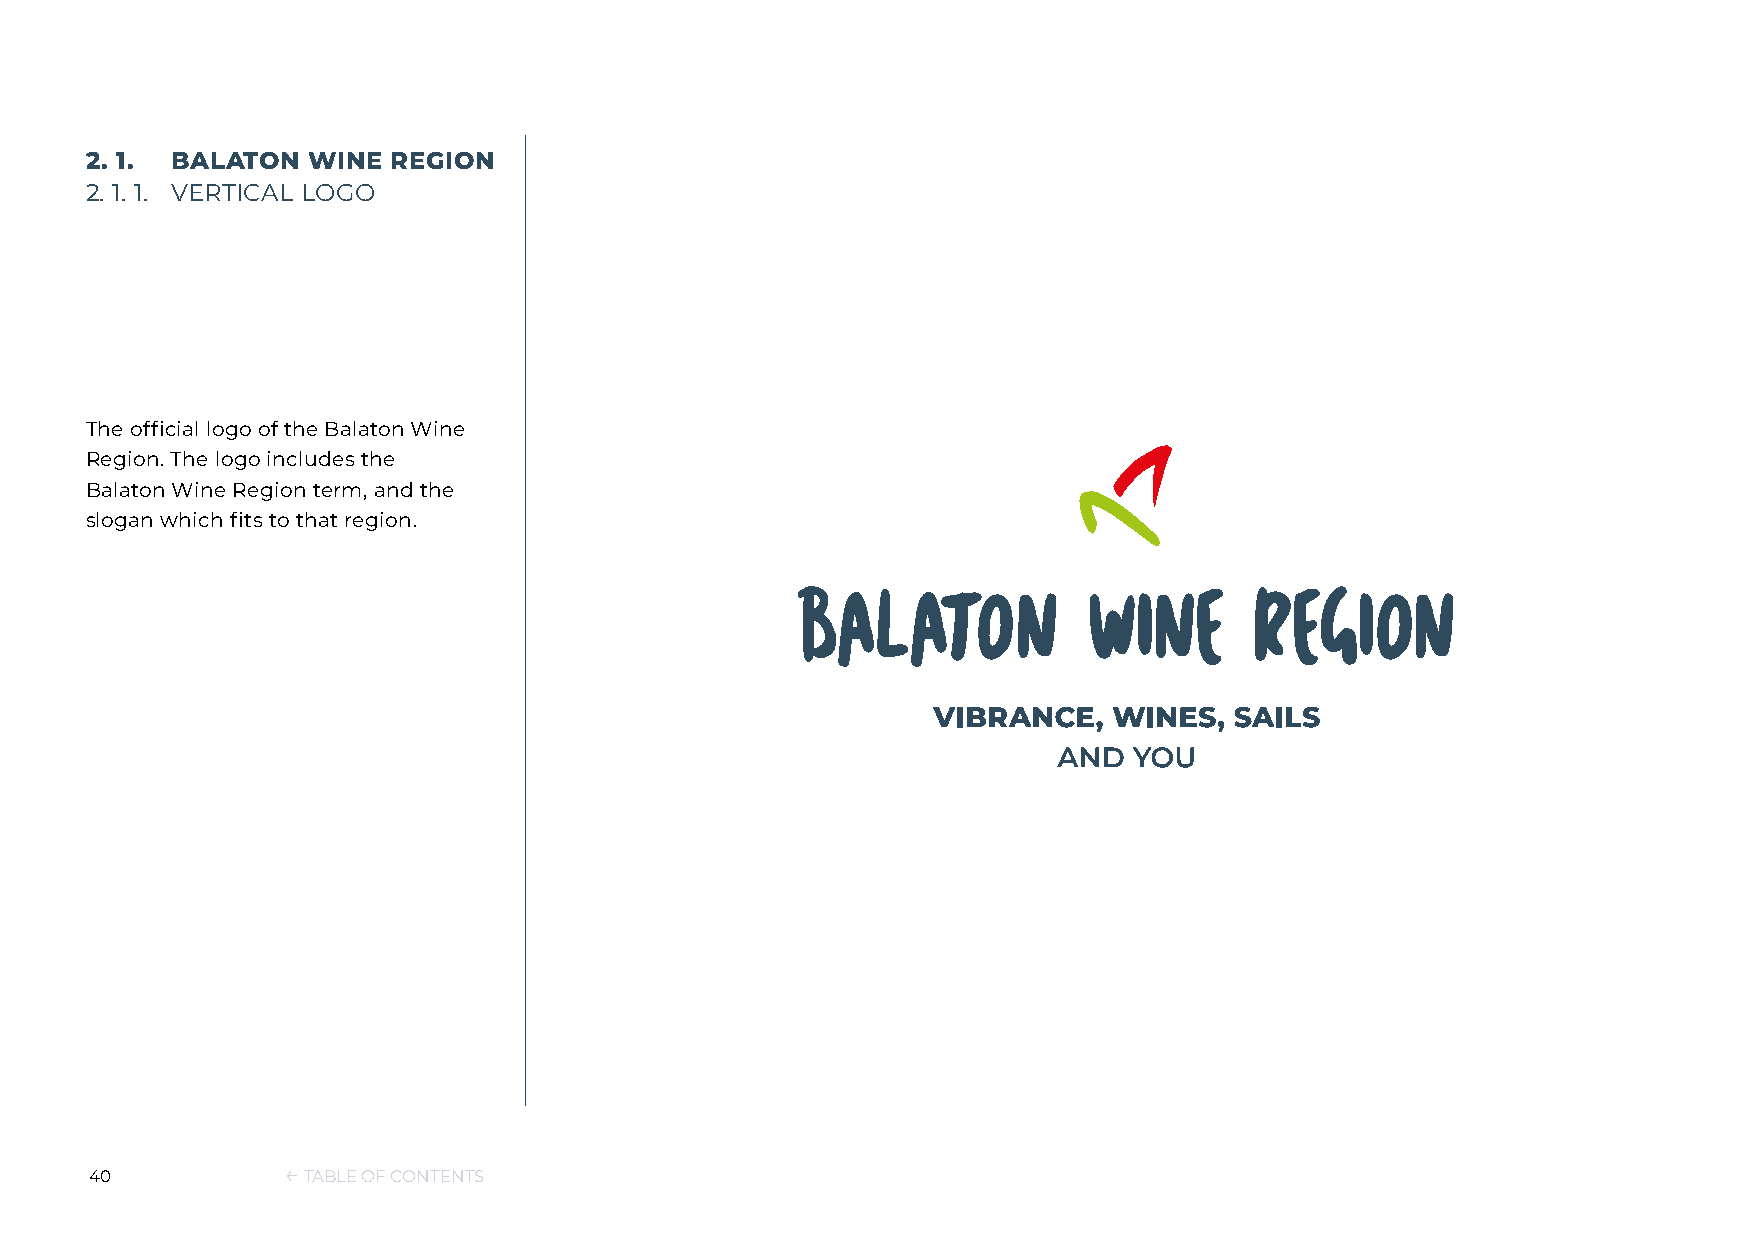
2. 1. BALATON WINE  REGION
 2. 1. 1. VERTICAL LOGO
 The official logo of the Balaton Wine
 Region. The logo includes the
 Balaton Wine Region term, and the
 slogan which fits to that region.
 40           ← TABLE OF CONTENTS